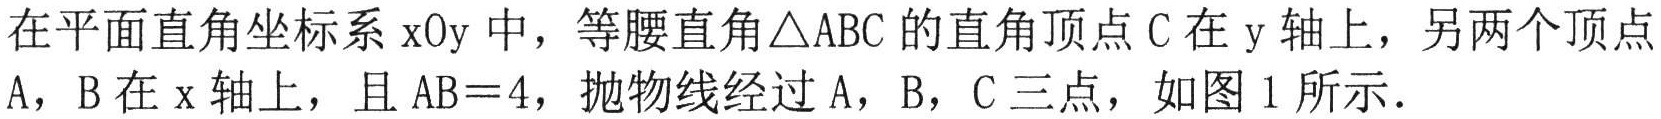
在平面直角坐标系\(xOy\)中，等腰直角\(\triangle ABC\)的直角顶点\(C\)在\(y\)轴上，另两个顶点
\(A\)，\(B\)在\(x\)轴上，且\(AB = 4\)，抛物线经过\(A\)，\(B\)，\(C\)三点，如图\(1\)所示．